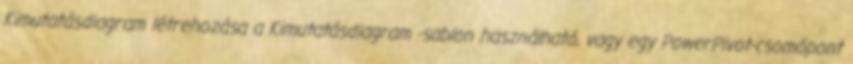
Kimutatásdiagram létrehozása a Kimutatásdiagram -sablon használható, vagy egy PowerPivot-csomópont